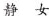
静 女